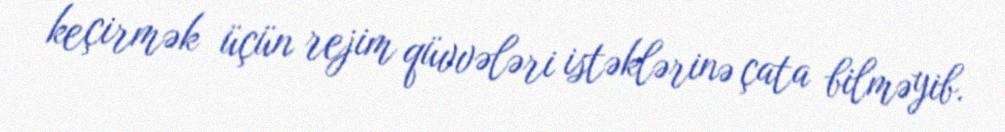
keçirmək üçün rejim qüvvələri istəklərinə çata bilməyib.